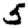
Digit: 5